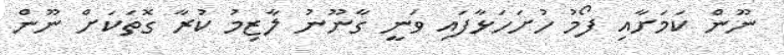
ނޫން ކަމަށާއި ފޯމު ހުށަހަޅާފައި ވަނީ ގާނޫނު ލާޒިމު ކުރާ ގޮތަކަށް ނޫން